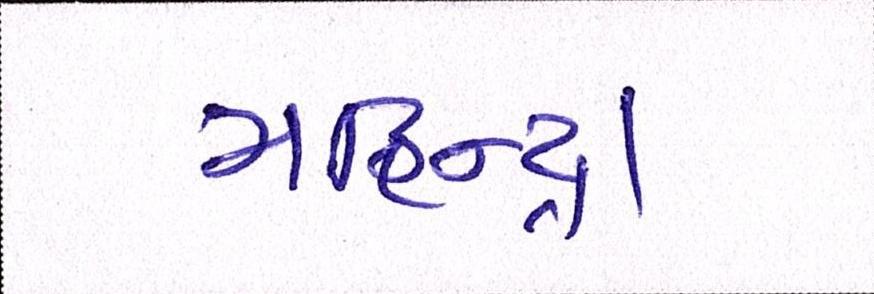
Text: મહિન્દ્રા